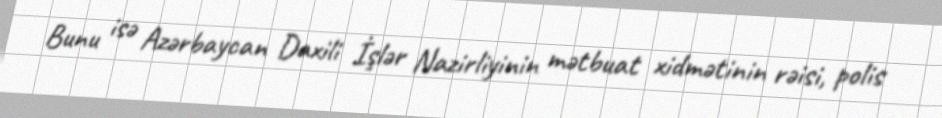
Bunu isə Azərbaycan Daxili İşlər Nazirliyinin mətbuat xidmətinin rəisi, polis